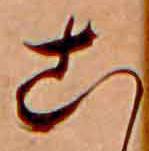
こ